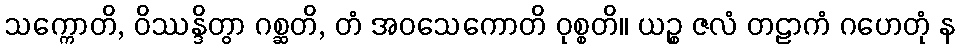
သက္ကောတိ, ဝိဿန္ဒိတွာ ဂစ္ဆတိ, တံ အဝသေကောတိ ဝုစ္စတိ။ ယဉ္စ ဇလံ တဠာကံ ဂဟေတုံ န